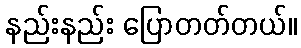
နည်းနည်း ပြောတတ်တယ်။